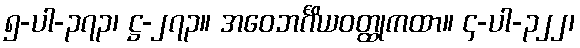
၅-ပါ-၃၇၃၊ ဋ္ဌ-၂၇၃။ အဝေဘင်္ဂိယဝတ္ထုကထာ။ ၄-ပါ-၃၂၂၊